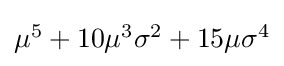
{\textstyle \mu ^{5}+10\mu ^{3}\sigma ^{2}+15\mu \sigma ^{4}}